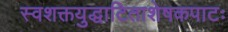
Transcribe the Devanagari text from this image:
स्वशक्तयुद्धाटिताशेषकपाटः